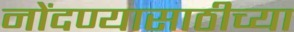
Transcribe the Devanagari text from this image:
नोंदण्यासाठीच्या